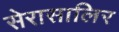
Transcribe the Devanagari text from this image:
सेरासालिर